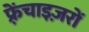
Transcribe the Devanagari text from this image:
फ़्रेंचाइज़रों